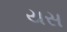
યસ